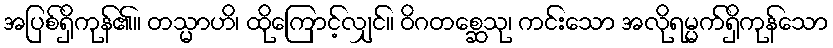
အပြစ်ရှိကုန်၏။ တသ္မာဟိ၊ ထိုကြောင့်လျှင်။ ဝိဂတစ္ဆေသု၊ ကင်းသော အလိုရမ္မက်ရှိကုန်သော